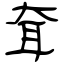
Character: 耷